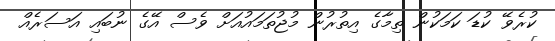
ކުރެވޭ ކުޑަ ކަމަކުން ތިމާގެ އިތުރުން މުޖުތަމައުއަށް ވެސް އޭގެ ނުބައި އަސަރެއް